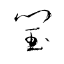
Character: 閠